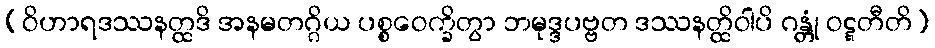
(ဝိဟာရဒဿနတ္ထဒိ အနမတဂ္ဂိယ ပစ္စဝေက္ခိတွာ ဘမုဒ္ဒပဗ္ဗတ ဒဿနတ္ထိဝါပိ ဂန္တုံ ဝဋ္ဋတီတိ)